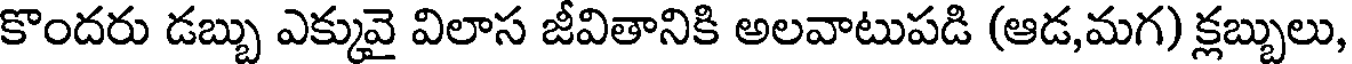
కొందరు డబ్బు ఎక్కువై విలాస జీవితానికి అలవాటుపడి (ఆడ,మగ) క్లబ్బులు,